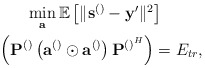
\begin{align*}\begin{gathered}\min_{\mathbf{a}} \mathbb{E}\left[\lVert\mathbf{s}^{\left(\right)}-\mathbf{y}'\rVert^2\right]\\~~\left(\mathbf{P}^{\left(\right)}\left(\mathbf{a}^{\left(\right)}\odot \mathbf{a}^{\left(\right)}\right)\mathbf{P}^{\left(\right)^{H}}\right)=E_{tr},\end{gathered} \end{align*}